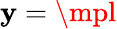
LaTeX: \mathbf{y}=\mpl